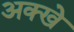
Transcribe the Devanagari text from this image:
अक्खे